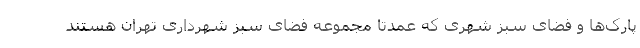
پارک‌ها و فضای سبز شهری که عمدتا مجموعه فضای سبز شهرداری تهران هستند